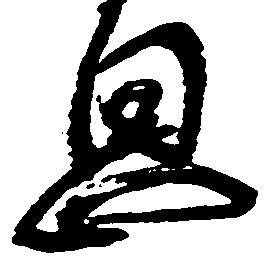
息